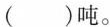
( )吨。